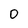
Character: 0